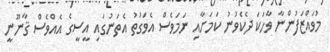
މުވައްޒަފުންނާ ވާހަކަ ދެކެވުނު ކަމަށާއި ނަމަވެސް އެވަގުތު އެތަނުގައި އީސީގެ އެއްވެސް ޤާނޫނީ